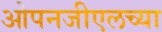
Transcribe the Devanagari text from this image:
ओपनजीएलच्या